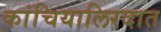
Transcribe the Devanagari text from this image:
कांचियालिरदात